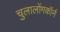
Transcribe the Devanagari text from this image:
चुलालोंगकॉर्न